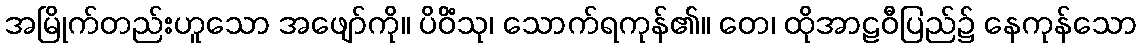
အမြိုက်တည်းဟူသော အဖျော်ကို။ ပိဝိံသု၊ သောက်ရကုန်၏။ တေ၊ ထိုအာဠဝီပြည်၌ နေကုန်သော